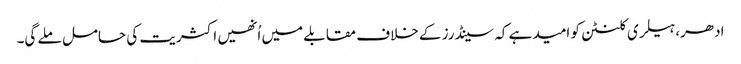
ادھر، ہیلری کلنٹن کو امید ہے کہ سینڈرز کے خلاف مقابلے میں اُنھیں اکثریت کی حامل ملے گی۔